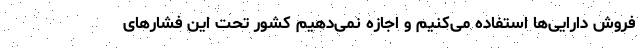
فروش دارایی‌ها استفاده می‌کنیم و اجازه نمی‌دهیم کشور تحت این فشار‌های